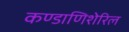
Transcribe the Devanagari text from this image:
कण्डाणिशेरिल